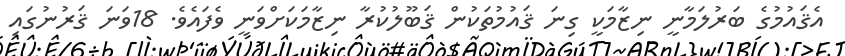
އެޤައުމުގެ ބަރުލަމާނީ ނިޒާމަކީ ގިނަ ޤައުމުތަކުން ޤަބޫލުކުރާ ނިޒާމަކަށްވަނީ ވެފައެވެ. 18ވަނަ ޤަރުނުގައި